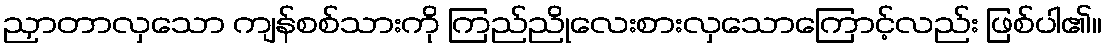
ညှာတာလှသော ကျန်စစ်သားကို ကြည်ညိုလေးစားလှသောကြောင့်လည်း ဖြစ်ပါ၏။